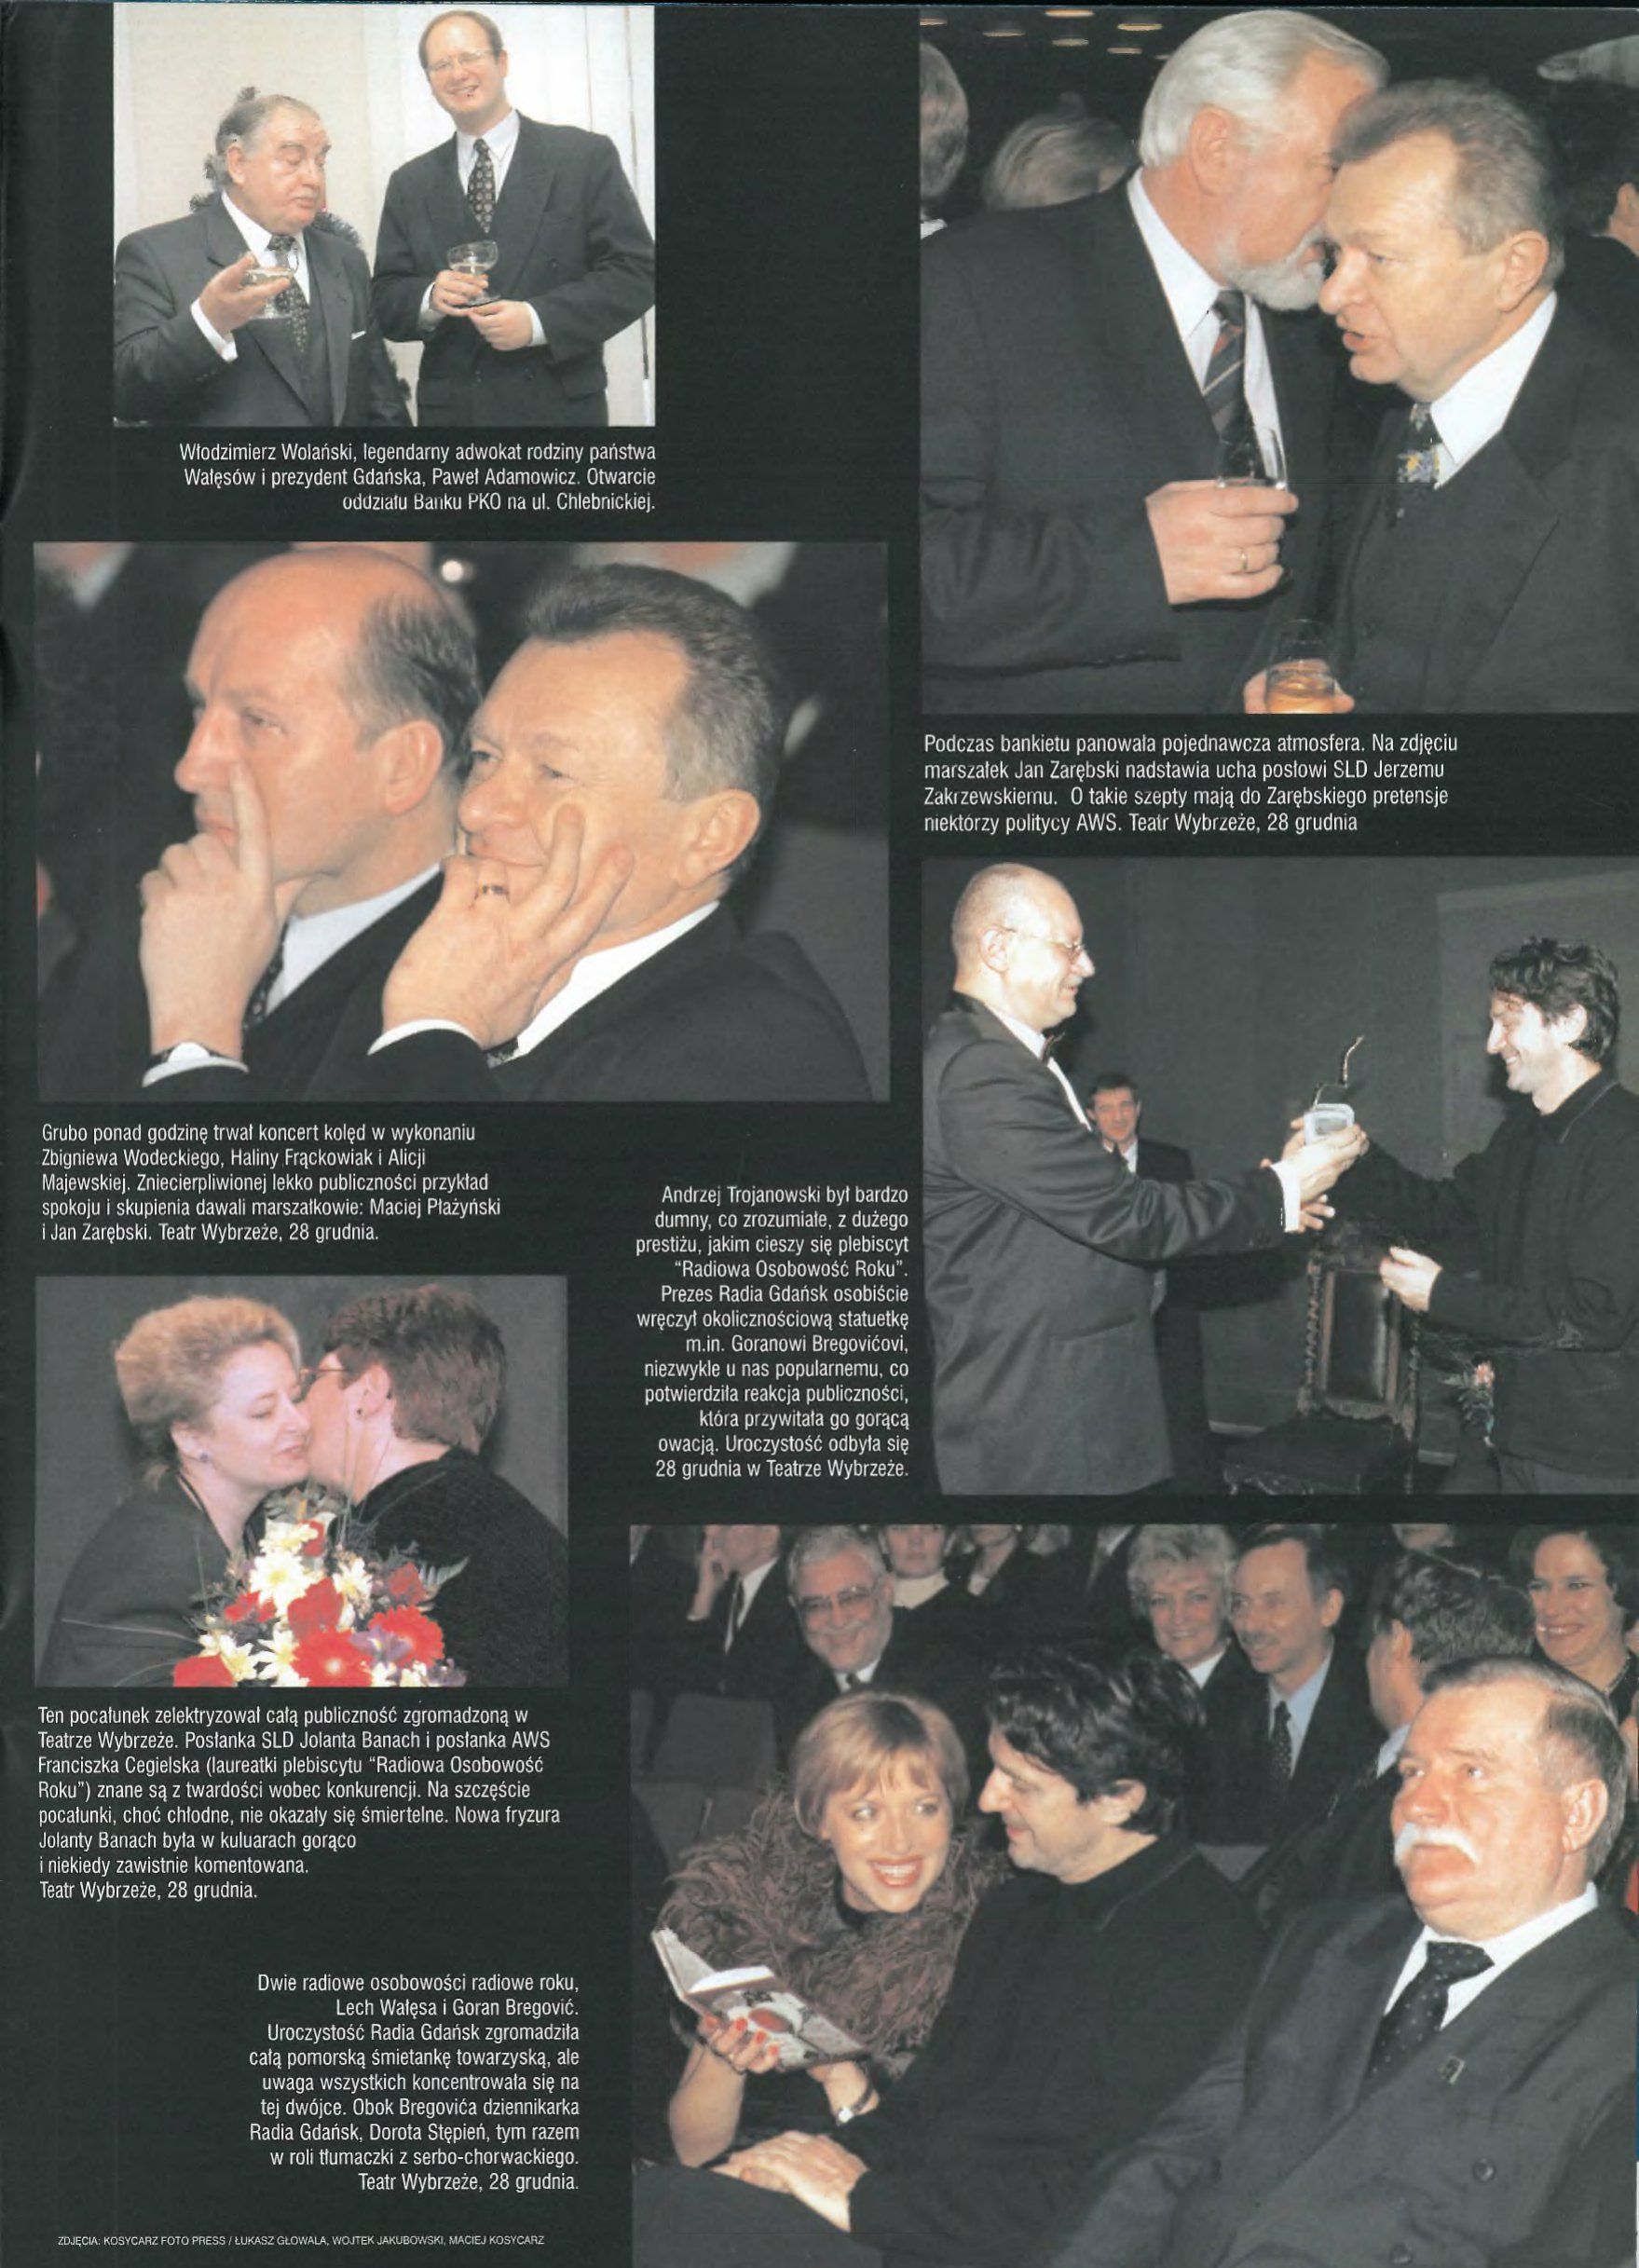
Language: pl